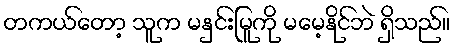
တကယ်တော့ သူက မနှင်းမြူကို မမေ့နိုင်ဘဲ ရှိသည်။